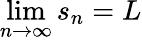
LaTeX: \operatorname*{lim}_{n\to\infty}s_{n}=L